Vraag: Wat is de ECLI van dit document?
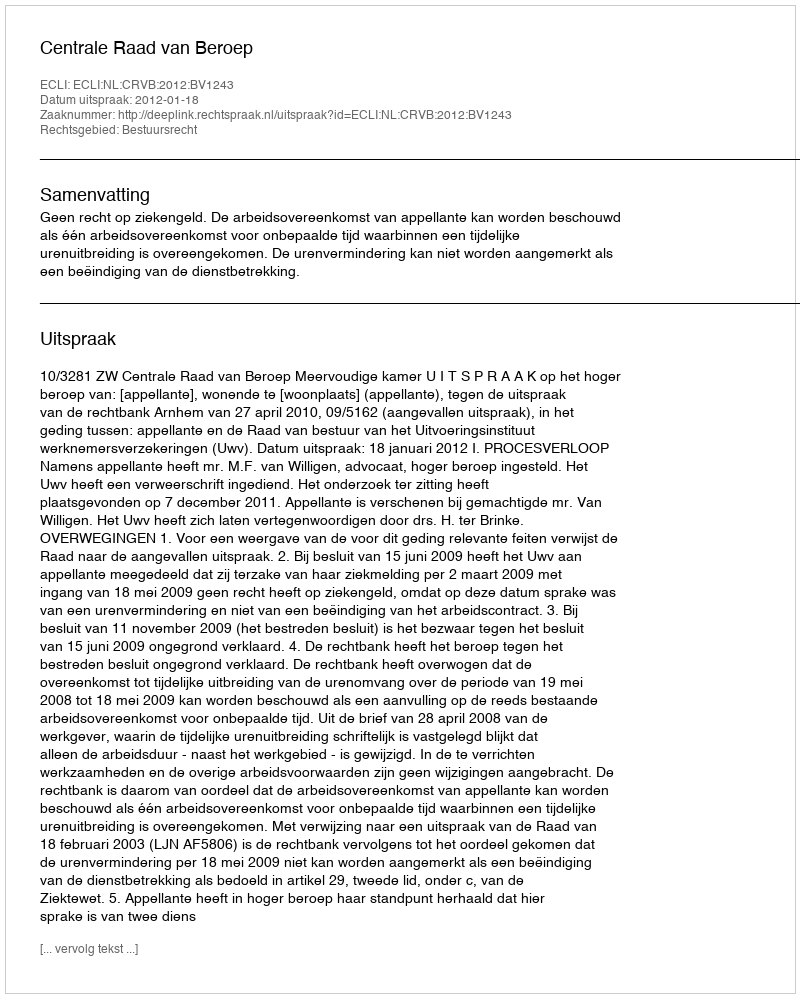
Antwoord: ECLI:NL:CRVB:2012:BV1243